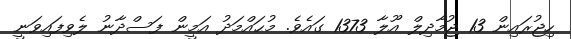
ހިޖުރައިން 13 ޖުމާދިލް އޫލާ 1373 ގައެވެ. މުޙައްމަދު އަމީން ފަސްދާނު ލެވިފައިވަނީ